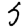
Digit: 5